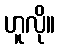
ဟူလို။